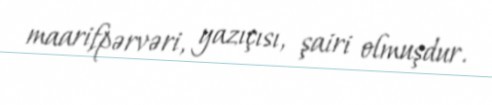
maarifpərvəri, yazıçısı, şairi olmuşdur.